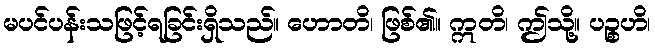
မပင်ပန်းသဖြင့်ရခြင်းရှိသည်။ ဟောတိ၊ ဖြစ်၏။ ဣတိ၊ ဤသို့။ ပဉ္စဟိ၊